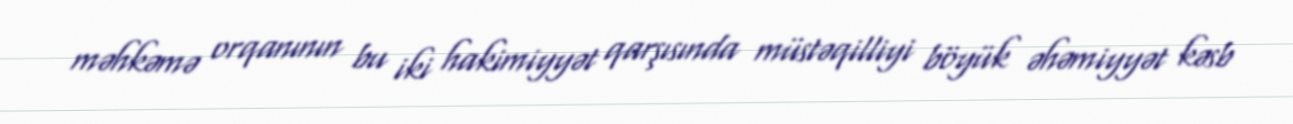
məhkəmə orqanının bu iki hakimiyyət qarşısında müstəqilliyi böyük əhəmiyyət kəsb